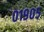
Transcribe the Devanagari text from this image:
०१९०५